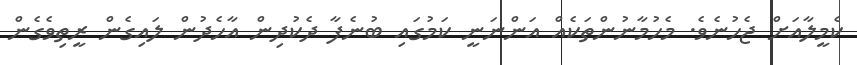
ކެމީލާއަށް ޖެހުނެވެ. މެހުމާނުންތަކެއް އަންނަނީ ކަމުގައި ބުނެފާ ދެކުދިން އާހެދުން ލައިގެން ރީތިވެގެން